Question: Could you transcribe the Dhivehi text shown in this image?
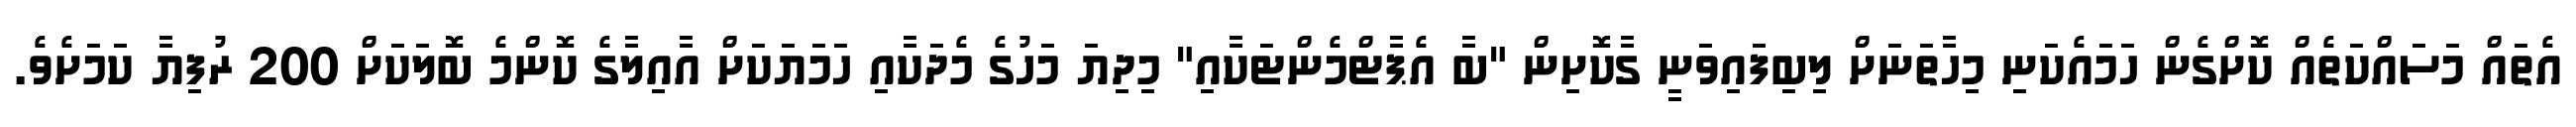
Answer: އެތައް މަސައްކަތެއް ކޮށްގެން ހަމައެކަނި މިހާތަނަށް ލިބިފައިވަނީ ގާކޮށިން "ބާ އެޕާޓްމެންޓަކާއި" މިދިޔަ މަހުގެ މެދަކާއި ހަމަޔަކަށް އާއިލާގެ ކޮންމެ ބޮލަކަށް 200 ރުފިޔާ ކަމަށެވެ.